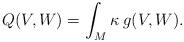
LaTeX: \begin{align*}Q(V, W) = \int_M \kappa \: g(V, W).\end{align*}